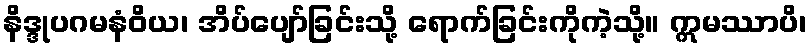
နိဒ္ဒုပဂမနံဝိယ၊ အိပ်ပျော်ခြင်းသို့ ရောက်ခြင်းကိုကဲ့သို့။ ဣမဿာပိ၊